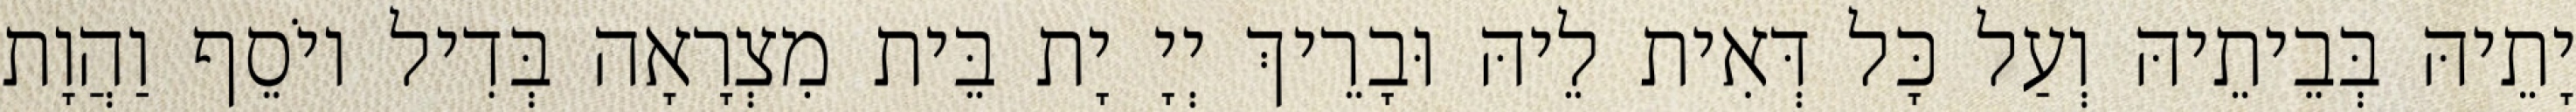
יָתֵיהּ בְּבֵיתֵיהּ וְעַל כָּל דְּאִית לֵיהּ וּבָרֵיךְ יְיָ יָת בֵּית מִצְרָאָה בְּדִיל יוֹסֵף וַהֲוָת